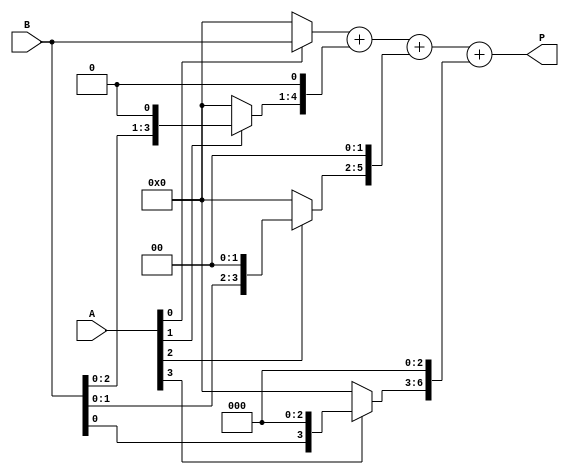
module VedicMultiplier (
    input [3:0] A,       // First operand (4-bit input)
    input [3:0] B,       // Second operand (4-bit input)
    output reg [7:0] P   // Product of A and B (8-bit output)
);

// Internal wires for partial products
wire [3:0] pp0, pp1, pp2, pp3; // Partial products
reg [7:0] sum0, sum1;          // Intermediate sums

// Generate partial products
assign pp0 = A[0] ? B : 4'b0;          // A[0] * B
assign pp1 = A[1] ? {B[3:0], 1'b0} : 4'b0; // A[1] * B shifted left by 1
assign pp2 = A[2] ? {B[3:0], 2'b00} : 4'b0; // A[2] * B shifted left by 2
assign pp3 = A[3] ? {B[3:0], 3'b000} : 4'b0; // A[3] * B shifted left by 3

// Combine the partial products (Urdhva-Tiryagbhyam)
always @(*) begin
    sum0 = {4'b0000, pp0} + {3'b000, pp1, 1'b0} + {2'b00, pp2, 2'b00} + {1'b0, pp3, 3'b000};
    P = sum0; // Direct assignment for now
end

endmodule